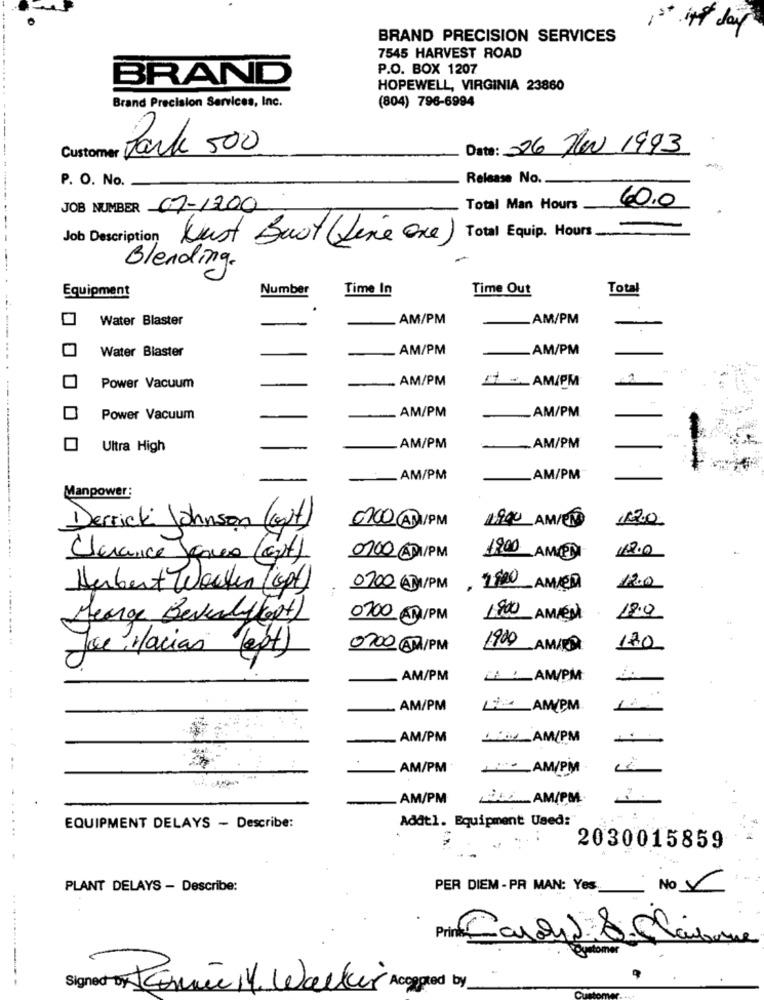
1st int day
BRAND PRECISION SERVICES
7545 HARVEST ROAD
P.O. BOX 1207
BRAND
HOPEWELL, VIRGINIA 23860
(804) 796-6994
Brand Precision Services, Inc.
Park 500
Date: 26 /0/1993
P. O. No.
Release No.
JOB NUMBER 07-1200
Total Man Hours
60,0
Job Description Just Buot (Line one)
Total Equip. Hours
Blending.
Number
Time In
Time Out
Total
Equipment
Water Blaster
AM/PM
AM/PM
Water Blaster
-
AM/PM
_AM/PM
-AM/PM
AM/PM
Power Vacuum
-
-AM/PM
AM/PM
Power Vacuum
Ultra High
AM/PM
.AM/PM
AM/PM
AM/PM
Manpower:
1900 AM/END
Derrick Johnson (Gut)
0100AM/PM
11200
Clarance Jano (art)
0700AM/PM
1900 AM/PM
Hubert Wochen (pt)
0700 AM/PM , 1900 AMED
100
Menge Beverlyfort)
0100 CM/PM
1900 AMMEN
0700AM/PM
1900 AM/ED
120
Joe, Macias (ept)
AM/PM
LA !_ AM/PM
.
AM/PM
__ _ AM/PM
AM/PM
AM/PM
-
AM/PM
__ AM/PM
AM/PM
AM/PM.
Adat1. Equipment Used:"
EQUIPMENT DELAYS - Describe:
2030015859
PLANT DELAYS - Describe:
PER DIEM-PR MAN: Yes
No V
Princ Sandhed 8.Ca
stomer
Signed or Comme il Walker Accepted by